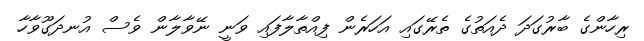
ރިހާންގެ ބާރުގަދަ ދެއަތުގެ ތެރޭގައި އަހަރެން ފިއްތާލާފައި ވަނީ ނޭވާލާން ވެސް އުނދަގޫވާހާ